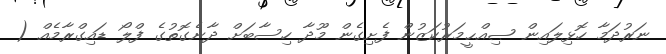
ނަރުދަމާ ހޮޅިލައިން ޞިއްޙީމަރުކަޒުން ފެށިގެން މޫދާ ހިސާބަށް ދާނެގޮތުގެ ފްލޯ ޑައިގްރާމެއް (